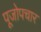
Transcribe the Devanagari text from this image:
पूजोपचार